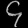
Digit: ၄